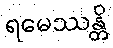
ရမေဿန္တိ